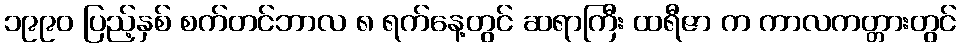
၁၉၉၀ ပြည့်နှစ် စက်တင်ဘာလ ၈ ရက်နေ့တွင် ဆရာကြီး ထရီဇာ က ကာလကတ္တားတွင်